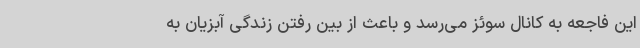
این فاجعه به کانال سوئز می‌رسد و باعث از بین رفتن زندگی آبزیان به